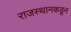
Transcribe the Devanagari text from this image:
राजस्थानकडून